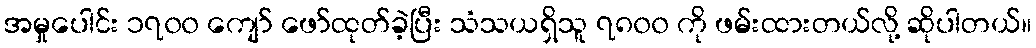
အမှုပေါင်း ၁၇၀၀ ကျော် ဖော်ထုတ်ခဲ့ပြီး သံသယရှိသူ ၇၈၀၀ ကို ဖမ်းထားတယ်လို့ ဆိုပါတယ်။